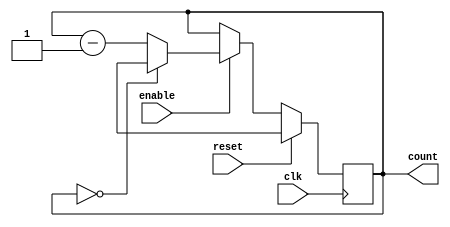
module BCD_Down_Counter (
    input wire clk,
    input wire reset,
    input wire enable,
    output reg [3:0] count
);

reg [3:0] initial_value;

always @(posedge clk) begin
    if (reset) begin
        count <= initial_value;
    end else if (enable) begin
        if (count == 4'b0000) begin
            count <= initial_value;
        end else begin
            count <= count - 1;
        end
    end
end

endmodule